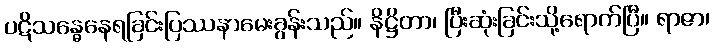
ပဋိသန္ဓေနေရခြင်းပြဿနာမေးခွန်းသည်။ နိဋ္ဌိတာ၊ ပြီးဆုံးခြင်းသို့ရောက်ပြီ။ ရာဇာ၊